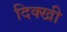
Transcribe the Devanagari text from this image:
दिक्खी